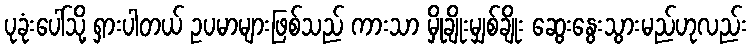
ပုခုံးပေါ်သို့ ရှားပါတယ် ဥပမာများဖြစ်သည် ကားသာ မှိုချိုးမျှစ်ချိုး ဆွေးနွေးသွားမည်ဟုလည်း